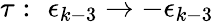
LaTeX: \tau:\, \, \epsilon_{k-3}\rightarrow-\epsilon_{k-3}